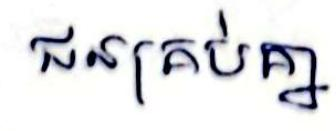
ជនគ្រប់គ្នា